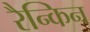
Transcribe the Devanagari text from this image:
रैन्किन